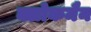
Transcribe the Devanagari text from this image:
क्लोकमैन